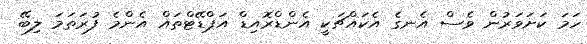
ހަމަ ކަށަވަރުން ވެސް އެނގެ އެކައްޗަކީ އެންޑްރޮއިޑް އަޕްޑޭޓްތައް އެންމެ ފުރަތަމަ ލިބޭ